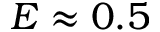
E \approx 0 . 5